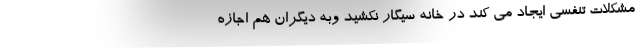
مشکلات تنفسی ایجاد می کند در خانه سیگار نکشید وبه دیگران هم اجازه